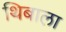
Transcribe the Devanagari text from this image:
थिबाला